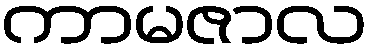
ကာမဇာလ